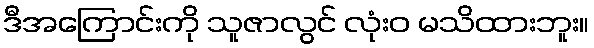
ဒီအကြောင်းကို သူဇာလွင် လုံးဝ မသိထားဘူး။